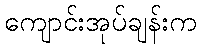
ကျောင်းအုပ်ချန်းက